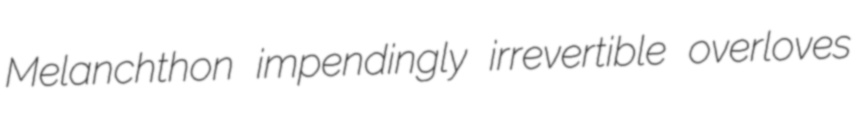
Melanchthon impendingly irrevertible overloves